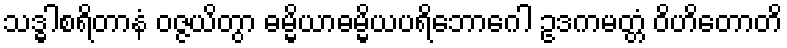
သဒ္ဓါစရိတာနံ ဝဇ္ဇယိတွာ ဓမ္မိယာဓမ္မိယပရိဘောဂေါ ဥဒကမတ္တံ ဝိဟိတောတိ